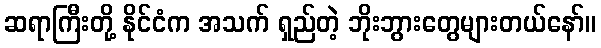
ဆရာကြီးတို့ နိုင်ငံက အသက် ရှည်တဲ့ ဘိုးဘွားတွေများတယ်နော်။